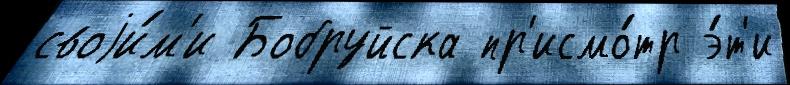
своjи́м'и Бобруйска пр'исмо́тр э́т'и